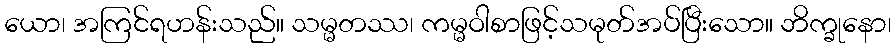
ယော၊ အကြင်ရဟန်းသည်။ သမ္မတဿ၊ ကမ္မဝါစာဖြင့်သမုတ်အပ်ပြီးသော။ ဘိက္ခုနော၊